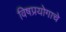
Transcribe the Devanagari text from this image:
विषप्रयोगाचे